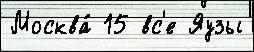
Москва́ 15 вс'е Яузы